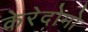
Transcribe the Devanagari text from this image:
केरेदोमो